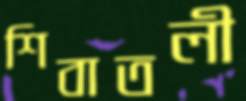
শিবাতলী